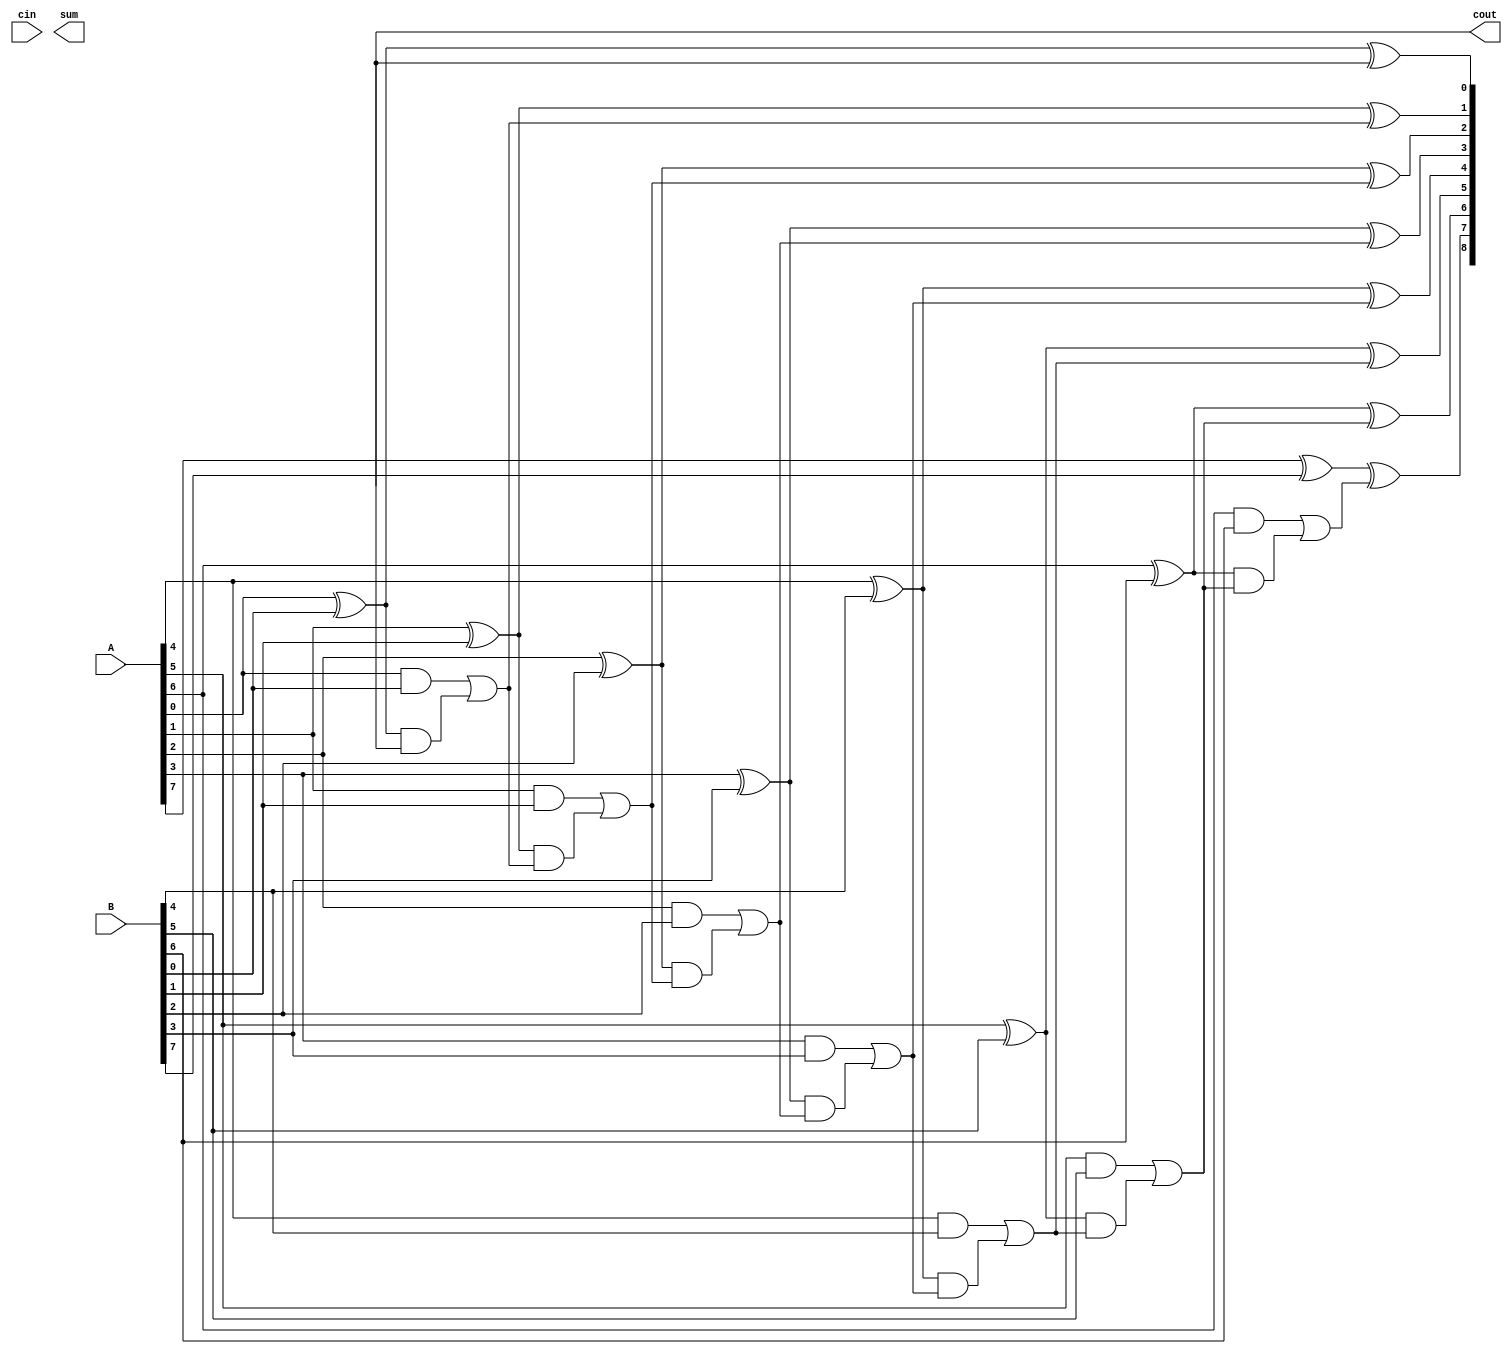
module Carry_skip_adder (
    input [7:0] A,
    input [7:0] B,
    input cin,
    output reg [8:0] sum,
    output reg cout
);

wire [7:0] P, G;
wire [7:1] C;

// Generate propagate and generate signals
genvar i;
generate
    for (i = 0; i < 8; i = i + 1) begin : gen_propagate
        assign P[i] = A[i] ^ B[i];
        assign G[i] = A[i] & B[i];
    end
endgenerate

// Cascade adder cells
assign C[0] = cin;
generate
    for (i = 0; i < 8; i = i + 1) begin : cascade_adder
        assign C[i+1] = G[i] | (P[i] & C[i]);
        assign sum[i] = A[i] ^ B[i] ^ C[i];
    end
endgenerate

// Assign final sum and carry out
assign sum[8] = C[8];
assign cout = C[8];

endmodule